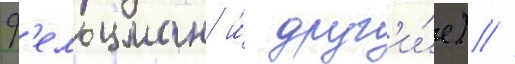
Ф'ельцман и́ друг'и́е) //